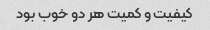
کیفیت و کمیت هر دو خوب بود